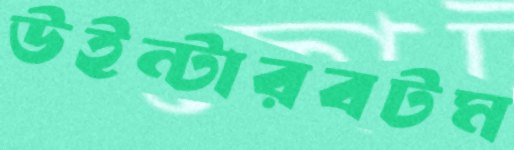
উইন্টারবটম